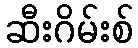
ဆီးဂိမ်းစ်